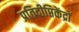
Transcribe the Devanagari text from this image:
प्रतिदीप्तिकेंद्रों